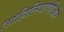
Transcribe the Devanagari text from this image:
ताहिलियाणीऔर